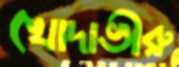
খোদাভীরু